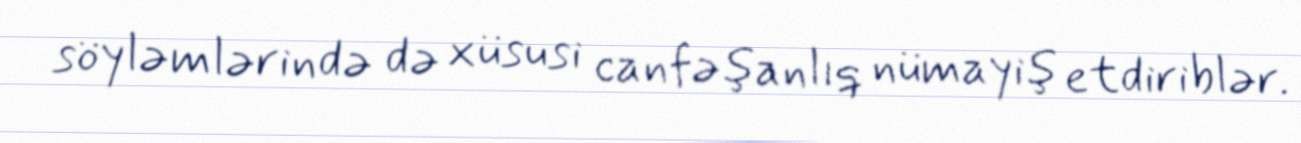
söyləmlərində də xüsusi canfəşanlıq nümayiş etdiriblər.